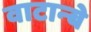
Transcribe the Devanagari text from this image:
वाटान्बे